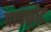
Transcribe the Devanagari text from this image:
गावकोट